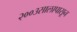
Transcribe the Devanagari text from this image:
२००३सालापासून